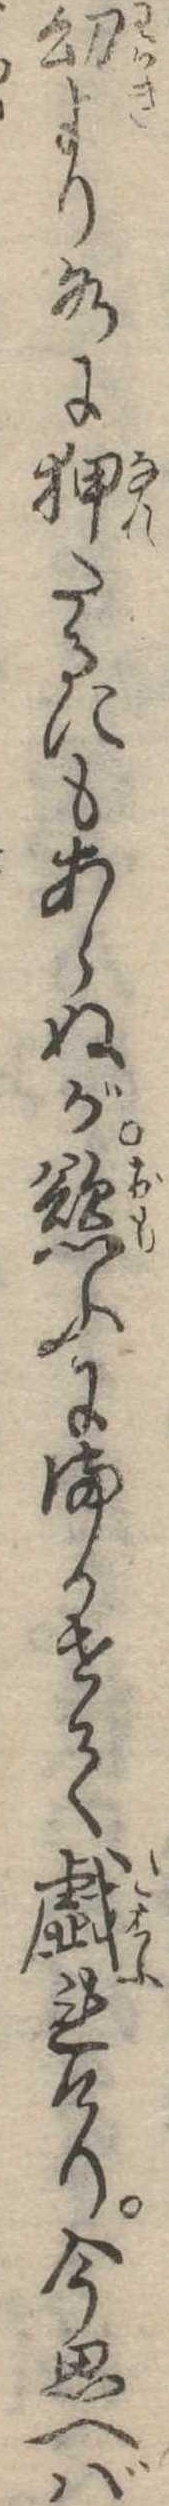
幼より水に狎たるにもあらぬが慾ふにまかせて戯れけり今思へば